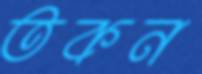
তকন